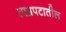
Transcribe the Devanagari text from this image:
ताम्रपटातील